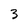
Character: 3